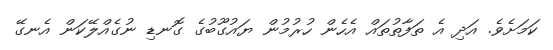
ކަމަށެވެ. އަދި އެ ތަފާތުތައް އެހެން ހުރުމުން ޔައުގޫބުގެ ގޮނޑި ނުގެއްލޭކަން އެނގޭ